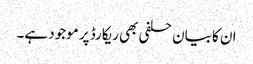
ان کا بیان حلفی بھی ریکارڈ پر موجود ہے۔